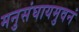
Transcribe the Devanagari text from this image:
मनुसंघायमुवनं